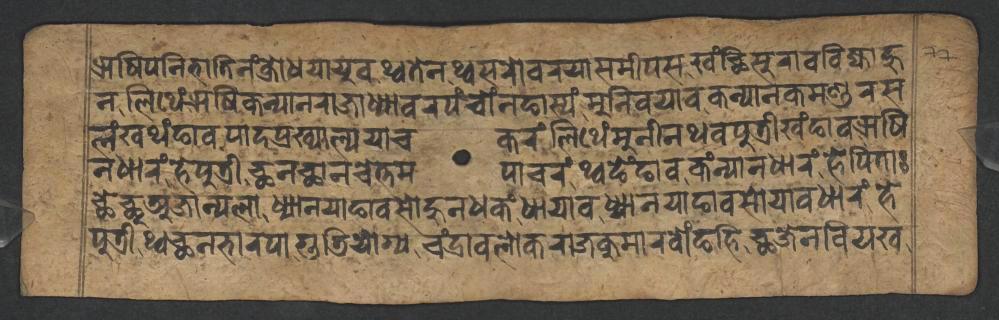
𑐆𑐲𑐶𑐥𑐣𑐶𑐨𑐵𑐟𑐶𑐣𑑄𑐎𑑂𑐬𑑀𑐢𑐫𑐵𑐫𑐸𑐰𑐠𑑂𑐰𑐟𑐾𑐣𑐠𑐳𑐬𑑀𑐰𑐬𑐫𑐵𑐳𑐩𑐷𑐥𑐳𑐏𑑄𑐕𑐶𑐳𑐸𑐬𑐵𑐰𑐧𑐶𑐖𑑂𑐫𑐵𑐴𑐸 𑐣𑐮𑐶𑐠𑐾𑑄𑐆𑐲𑐶𑐎𑐣𑑂𑐫𑐵𑐣𑐬𑐵𑐖𑐵𑐢𑑂𑐫𑐵𑐰𑐬𑐥𑑄𑐔𑑀𑑄𑐣𑐒𑐵𑐳𑑂𑐫𑑄𑐩𑐸𑐣𑐶𑐰𑐫𑐵𑐰𑐎𑐣𑑂𑐫𑐵𑐣𑐎𑐩𑐞𑑂𑐜𑐬𑐳 𑐮𑑄𑐏𑐠𑑄𑐒𑐵𑐰𑐥𑐵𑐡𑐥𑑂𑐬𑐏𑑂𑐫𑐵𑐮𑑂𑐫𑐫𑐵𑐔𑐎𑐬𑑄𑐮𑐶𑐠𑐾𑑄𑐩𑐸𑐣𑐷𑐣𑐠𑐰𑐥𑐸𑐟𑑂𑐬𑐷𑐏𑑄𑐒𑐵𑐰𑐆𑐲𑐶 𑐣𑐢𑐵𑐬𑑄𑐴𑐾𑐥𑐸𑐟𑑂𑐬𑐷𑐕𑐣𑐕𑐵𑐣𑐔𑐾𑐟𑑂𑐟𑐩𑐥𑐵𑐔𑐬𑑄𑐠𑑂𑐰𑐒𑐾𑑄𑐒𑐵𑐰𑐎𑑄𑐣𑑂𑐫𑐵𑐣𑐢𑐵𑐬𑑄𑐴𑐾𑐥𑐶𑐟𑐵𑑅 𑐕𑐾𑐕𑐸𑐀𑐖𑐵𑐣𑑂𑐫𑐮𑐵𑐢𑑂𑐫𑐵𑐣𑐫𑐵𑐒𑐵𑐰𑐳𑑀𑐴𑐸𑐣𑐢𑐎𑑄𑐢𑐵𑐫𑐵𑐰𑐢𑑂𑐫𑐵𑐣𑐫𑐵𑐒𑐵𑐰𑐳𑑀𑐫𑐵𑐰𑐢𑐵𑐬𑑄𑐴𑐾 𑐥𑐸𑐟𑑂𑐬𑐷𑐠𑑂𑐰𑐕𑐣𑐨𑐵𑐬𑐥𑐵𑐐𑐸𑐜𑐶𑐫𑑀𑐐𑑂𑐫𑐔𑑄𑐡𑑂𑐬𑐵𑐰𑐮𑑀𑐎𑐬𑐵𑐖𑐎𑐸𑐩𑐵𑐬𑐧𑑀𑑄𑐒𑐴𑐶𑐕𑐖𑐾𑐣𑐧𑐶𑐫𑐏